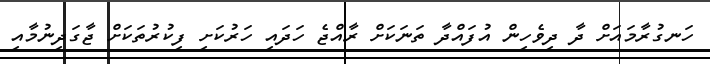
ހަނގުރާމައަށް ދާ ދިވެހިން އުފައްދާ ތަނަކަށް ރާއްޖެ ހަދައި ހަރުކަށި ފިކުރުތަކަށް ޖާގަދިނުމާއި